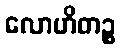
လောဟိတဉ္စ